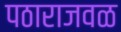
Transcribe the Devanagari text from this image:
पठाराजवळ